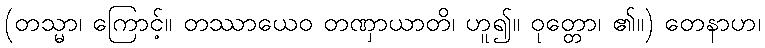
(တသ္မာ၊ ကြောင့်။ တဿာယေဝ တဏှာယာတိ၊ ဟူ၍။ ဝုတ္တော၊ ၏။) တေနာဟ၊